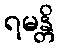
ရမန္တိ